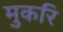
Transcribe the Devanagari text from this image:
मुकरि